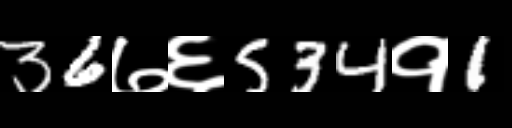
Text: 36७६534१1